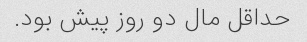
حداقل مال دو روز پیش بود.